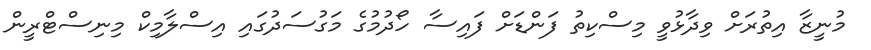
މުނީޒާ އިތުރަށް ވިދާޅުވީ މިސްކިތު ފަންޑަށް ފައިސާ ހޯދުމުގެ މަގުސަދުގައި އިސްލާމިކް މިނިސްޓްރީން